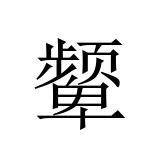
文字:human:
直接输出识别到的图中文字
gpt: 颦